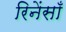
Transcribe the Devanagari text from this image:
रिनेंसाँ